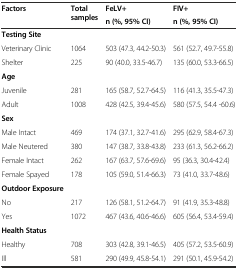
| <ROWSPAN=2> Factors | <ROWSPAN=2> Total samples | FeLV+ | FIV+ |
 | n (%, 95% CI) | n (%, 95% CI) |
 | --- | --- | --- | --- |
 | Testing Site |  |  |  |
 | Veterinary Clinic | 1064 | 503 (47.3, 44.2-50.3) | 561 (52.7, 49.7-55.8) |
 | Shelter | 225 | 90 (40.0, 33.5-46.7) | 135 (60.0, 53.3-66.5) |
 | Age |  |  |  |
 | Juvenile | 281 | 165 (58.7, 52.7-64.5) | 116 (41.3, 35.5-47.3) |
 | Adult | 1008 | 428 (42.5, 39.4-45.6) | 580 (57.5, 54.4 -60.6) |
 | Sex |  |  |  |
 | Male Intact | 469 | 174 (37.1, 32.7-41.6) | 295 (62.9, 58.4-67.3) |
 | Male Neutered | 380 | 147 (38.7, 33.8-43.8) | 233 (61.3, 56.2-66.2) |
 | Female Intact | 262 | 167 (63.7, 57.6-69.6) | 95 (36.3, 30.4-42.4) |
 | Female Spayed | 178 | 105 (59.0, 51.4-66.3) | 73 (41.0, 33.7-48.6) |
 | Outdoor Exposure |  |  |  |
 | No | 217 | 126 (58.1, 51.2-64.7) | 91 (41.9, 35.3-48.8) |
 | Yes | 1072 | 467 (43.6, 40.6-46.6) | 605 (56.4, 53.4-59.4) |
 | Health Status |  |  |  |
 | Healthy | 708 | 303 (42.8, 39.1-46.5) | 405 (57.2, 53.5-60.9) |
 | Ill | 581 | 290 (49.9, 45.8-54.1) | 291 (50.1, 45.9-54.2) |